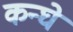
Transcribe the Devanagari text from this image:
कन्घे